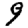
Digit: 9